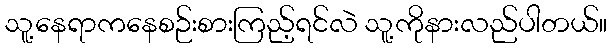
သူ့နေရာကနေစဉ်းစားကြည့်ရင်လဲ သူ့ကိုနားလည်ပါတယ်။